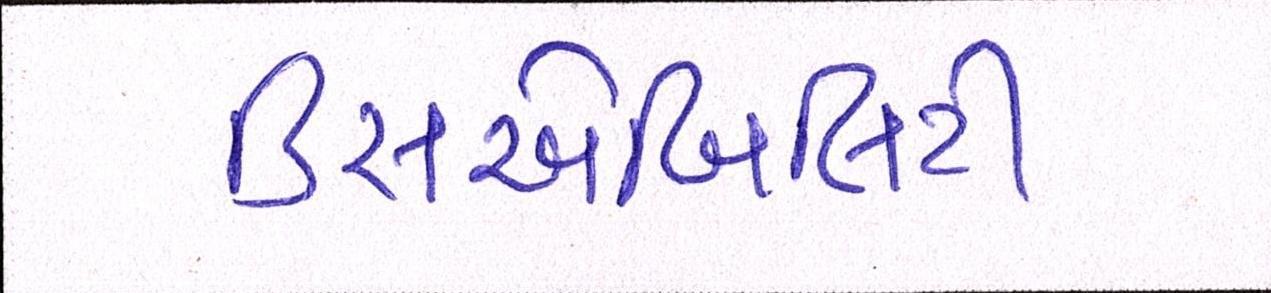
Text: ડિસએબિલિટી